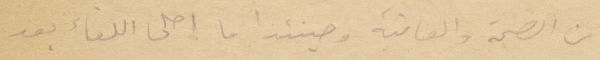
من الصحة والعافية وحينئذا ما احلى اللقاء بعد